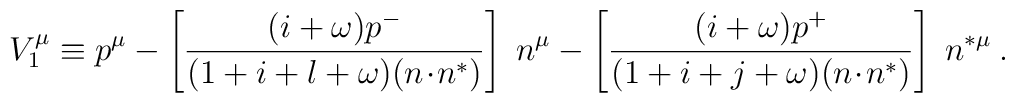
V_1^{\mu} \equiv p^\mu - \left [\frac{(i+\omega)p^-}{(1+i+l+\omega)(n\!\cdot\!n^*)}\right ]\;n^\mu - \left [\frac{(i+\omega)p^+}{(1+i+j+\omega)(n\!\cdot\!n^*)}\right ]\;n^{*\mu}\:.